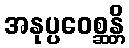
အနုပ္ပဝေစ္ဆန္တိ